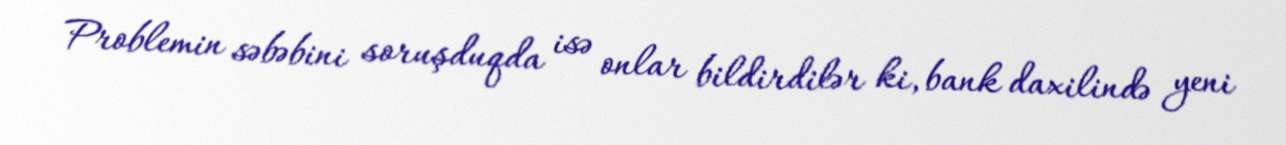
Problemin səbəbini soruşduqda isə onlar bildirdilər ki, bank daxilində yeni